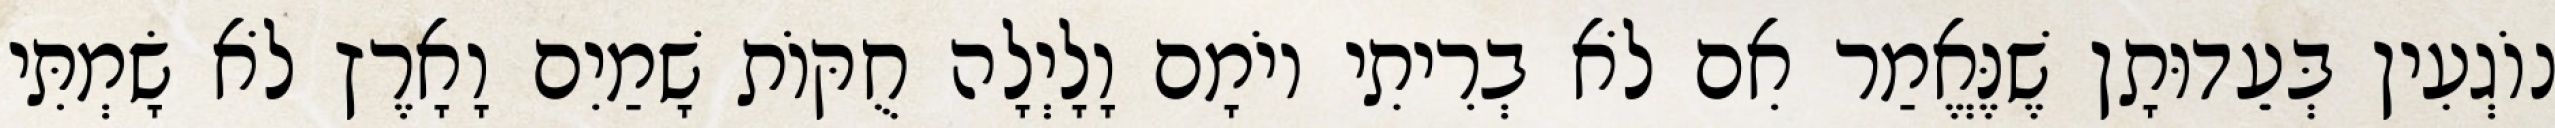
נוֹגְעִין בְּעֵדוּתָן שֶׁנֶּאֱמַר אִם לֹא בְרִיתִי יוֹמָם וָלָיְלָה חֻקּוֹת שָׁמַיִם וָאָרֶץ לֹא שָׂמְתִּי